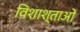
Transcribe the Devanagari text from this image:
विशाश्ताओं